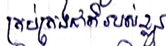
គ្រប់គ្រងជាតិរបស់ខ្លួន